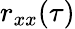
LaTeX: r_{xx}(\tau)